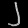
Digit: ၂